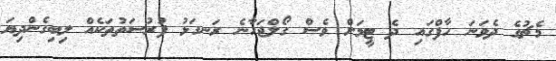
މެޗުގެ ދެވަނަ ހާފްގައި ދެ ޓީމަށް ވެސް ގޯލްޖަހާނެ ރަނގަޅު ފުރުސަތުތަކެއް ލިބިގެންދިޔަ